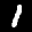
Label: 1